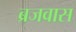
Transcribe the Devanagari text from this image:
ब्रजवास